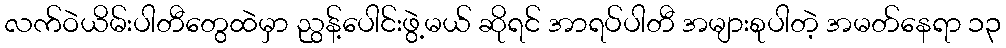
လက်ဝဲယိမ်းပါတီတွေထဲမှာ ညွန့်ပေါင်းဖွဲ့မယ် ဆိုရင် အာရပ်ပါတီ အများစုပါတဲ့ အမတ်နေရာ ၁၃